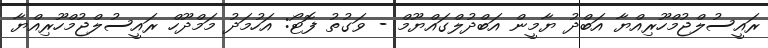
ރައީސުލްޖުމްހޫރިއްޔާ އަބްދު ޔާމީން އަބްދުލްގައްޔޫމް - ވަގުތު ފޮޓޯ: އަހުމަދު މަމްދޫހް ރައީސުލްޖުމްހޫރިއްޔާ